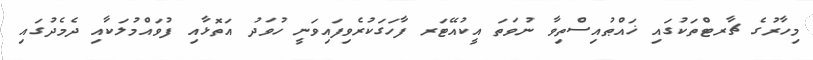
މިހާރުގެ ޗާރޓްތަކުގައި ޚައްޠުއިސްތިވާ ނުވަތަ އީކުއޭޓަރ ފާހަގަކުރެވިފައިވަނީ ހުވަދު އަތޮޅާއި ފުވައްމުލަކާއި ދެމެދުގައި